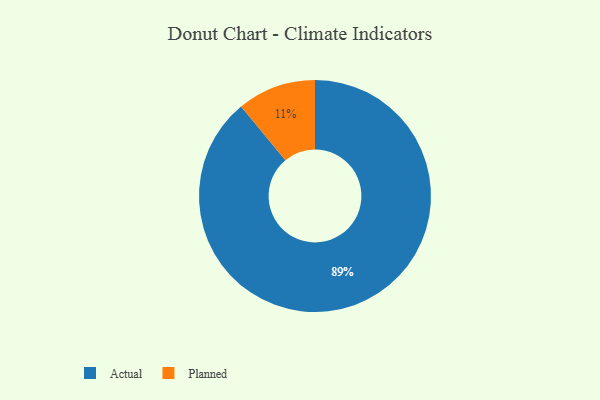
{"axis": {"x": "Category", "y": "Percentage"}, "legend": ["Actual", "Planned"], "data": [{"x": "Actual", "y": 89, "type": "Actual"}, {"x": "Planned", "y": 11, "type": "Planned"}]}